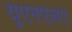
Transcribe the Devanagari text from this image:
यूएनएलए